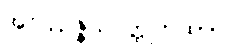
အဝိဿဇ္ဇိယဝတ္ထုကထာ။